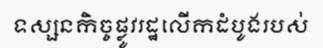
ទស្សនកិច្ចផ្លូវរដ្ឋលើកដំបូងរបស់